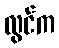
လွင်က